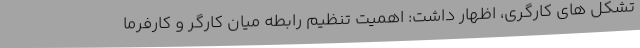
تشکل های کارگری، اظهار داشت: اهمیت تنظیم رابطه میان کارگر و کارفرما